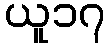
ယူ၁၇